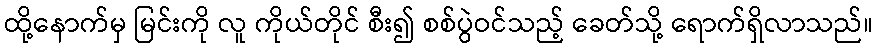
ထို့နောက်မှ မြင်းကို လူ ကိုယ်တိုင် စီး၍ စစ်ပွဲဝင်သည့် ခေတ်သို့ ရောက်ရှိလာသည်။